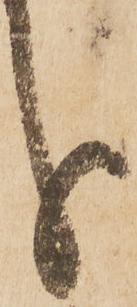
分